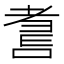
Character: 𱻮